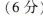
(6分)